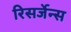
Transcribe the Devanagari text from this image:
रिसर्जेन्स